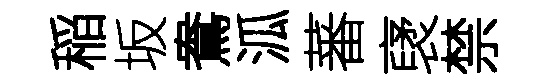
稲坂鴦泒蕃裦禁